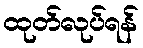
ထုတ်လုပ်ရန်